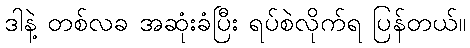
ဒါနဲ့ တစ်လခ အဆုံးခံပြီး ရပ်စဲလိုက်ရ ပြန်တယ်။